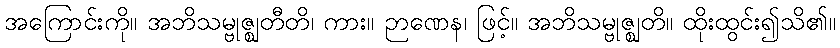
အကြောင်းကို။ အဘိသမ္ဗုဇ္ဈတီတိ၊ ကား။ ဉာဏေန၊ ဖြင့်။ အဘိသမ္ဗုဇ္ဈတိ။ ထိုးထွင်း၍သိ၏။